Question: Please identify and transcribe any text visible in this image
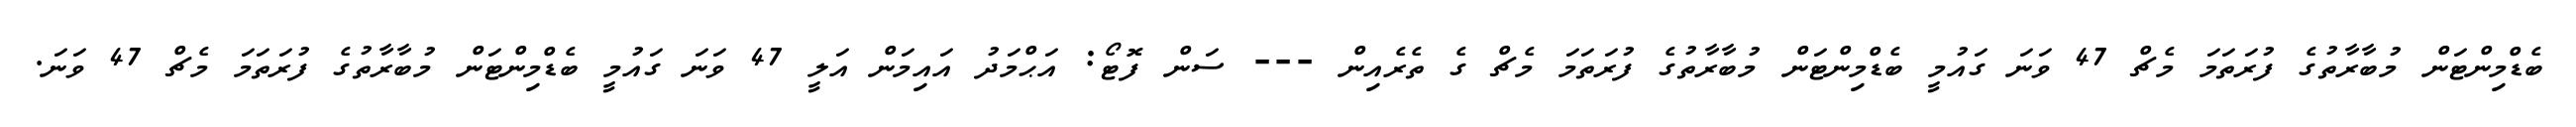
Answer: ބެޑްމިންޓަން މުބާރާތުގެ ފުރަތަމަ މެޗް 47 ވަނަ ގައުމީ ބެޑްމިންޓަން މުބާރާތުގެ ފުރަތަމަ މެޗް ގެ ތެރެއިން --- ސަން ފޮޓޯ: އަޙްމަދު އައިމަން އަލީ 47 ވަނަ ގައުމީ ބެޑްމިންޓަން މުބާރާތުގެ ފުރަތަމަ މެޗް 47 ވަނަ.